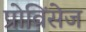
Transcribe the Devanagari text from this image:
प्रोविंसेज